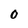
Character: 0